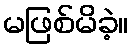
မဖြစ်မိခဲ့။